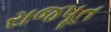
રાજપૂત